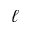
\ell